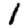
Digit: 1